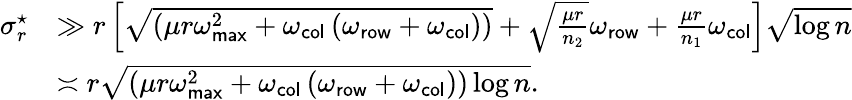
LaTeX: \begin{array}{rl}{\sigma_{r}^{\star}}&{\gg r\left[\sqrt{\left(\mu r\omega_{\sf max}^{2}+\omega_{\sf col}\left(\omega_{\sf row}+\omega_{\sf col}\right)\right)}+\sqrt{\frac{\mu r}{n_{2}}}\omega_{\sf row}+\frac{\mu r}{n_{1}}\omega_{\sf col}\right]\sqrt{\log n}}\\ &{\asymp r\sqrt{\left(\mu r\omega_{\sf max}^{2}+\omega_{\sf col}\left(\omega_{\sf row}+\omega_{\sf col}\right)\right)\log n}.}\end{array}